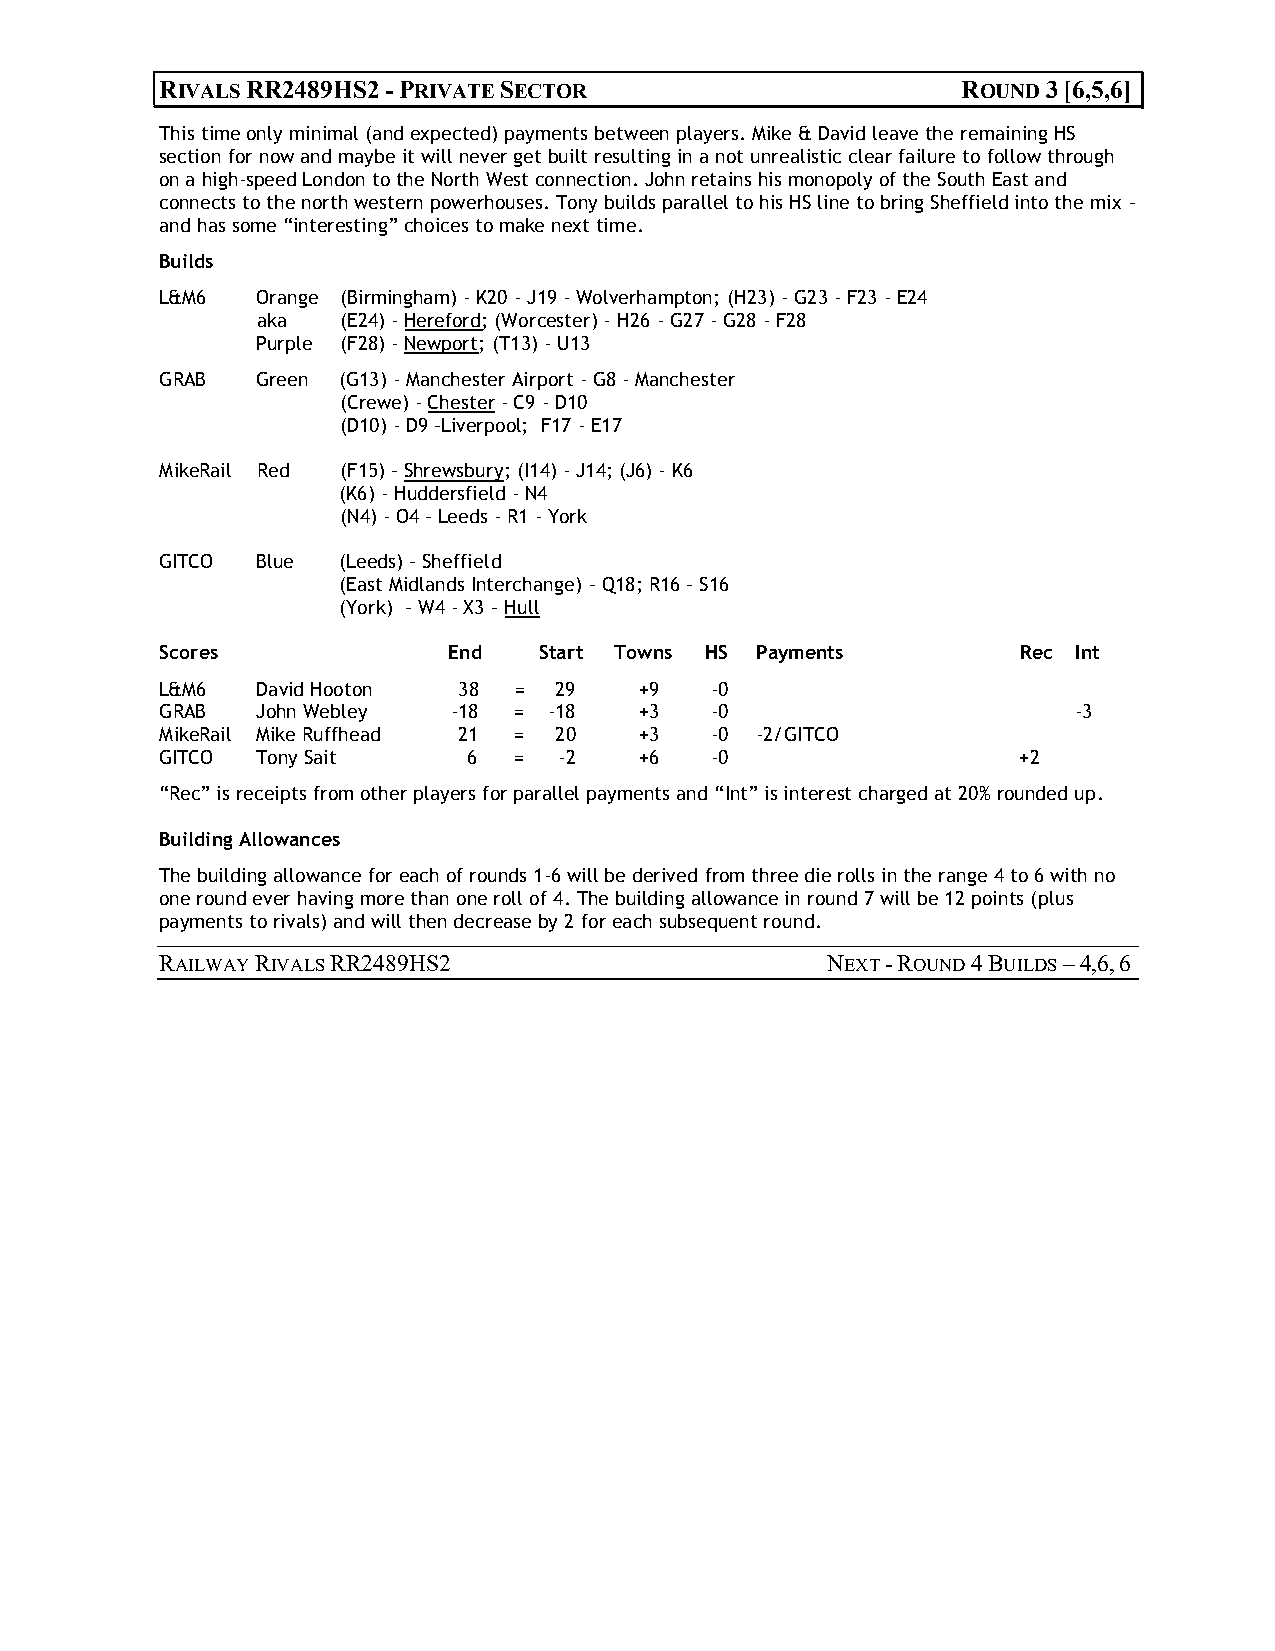
RIVALS RR2489HS2 - PRIVATE SECTOR                    ROUND 3 [6,5,6]
 This time only minimal (and expected) payments between players. Mike & David leave the remaining HS
 section for now and maybe it will never get built resulting in a not unrealistic clear failure to follow through
 on a high-speed London to the North West connection. John retains his monopoly of the South East and
 connects to the north western powerhouses. Tony builds parallel to his HS line to bring Sheffield into the mix –
 and has some “interesting” choices to make next time.
 Builds
 L&M6  Orange (Birmingham) - K20 - J19 - Wolverhampton; (H23) - G23 - F23 - E24
 aka   (E24) - Hereford; (Worcester) - H26 - G27 - G28 - F28
 Purple (F28) - Newport; (T13) - U13
 GRAB  Green (G13) - Manchester Airport - G8 - Manchester
 (Crewe) - Chester - C9 - D10
 (D10) - D9 –Liverpool; F17 - E17
 MikeRail Red (F15) – Shrewsbury; (I14) - J14; (J6) - K6
 (K6) - Huddersfield - N4
 (N4) - O4 – Leeds - R1 - York
 GITCO Blue  (Leeds) – Sheffield
 (East Midlands Interchange) – Q18; R16 – S16
 (York) – W4 - X3 – Hull
 Scores             End   Start Towns HS Payments         Rec Int
 L&M6  David Hooton 38  =  29   +9   -0
 GRAB  John Webley  -18 = -18   +3   -0                      -3
 MikeRail Mike Ruffhead 21 = 20 +3   -0 -2/GITCO
 GITCO Tony Sait     6  =  -2   +6   -0                   +2
 “Rec” is receipts from other players for parallel payments and “Int” is interest charged at 20% rounded up.
 Building Allowances
 The building allowance for each of rounds 1-6 will be derived from three die rolls in the range 4 to 6 with no
 one round ever having more than one roll of 4. The building allowance in round 7 will be 12 points (plus
 payments to rivals) and will then decrease by 2 for each subsequent round.
 RAILWAY RIVALS RR2489HS2                    NEXT - ROUND 4 BUILDS – 4,6, 6